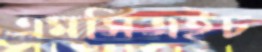
এমসিএইচ